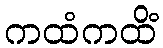
ကထံကထိံ